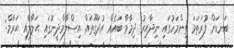
ބަނޑަށް ފުރަތަމަ ތިންމަހުގައި ނިދާއިރު ދިމާވާ ބައެއް އުދަގޫތައް އިސްލާމްދީނުގައި ޙަލާލާއި ޙަރާމް: